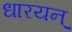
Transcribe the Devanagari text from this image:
धारयन्